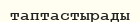
таптастырады